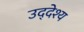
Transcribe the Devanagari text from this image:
उद्‌देश्‍य